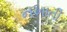
નખાતી